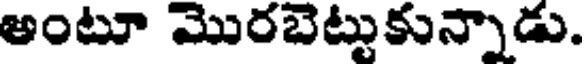
అంటూ మొరబెట్టుకున్నాడు.